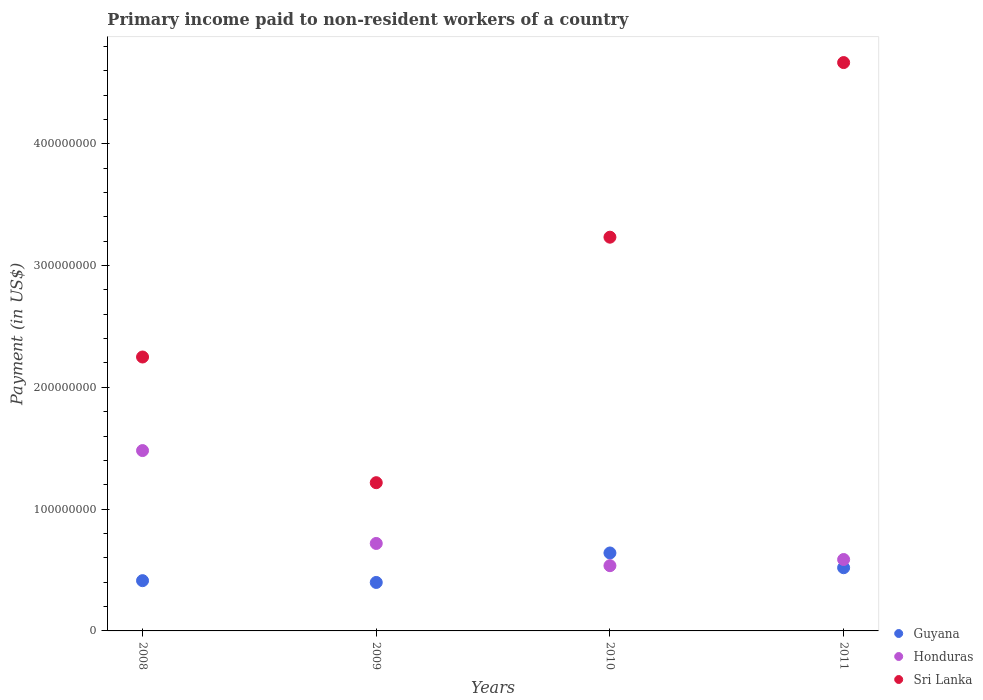
| Years | Guyana | Honduras | Sri Lanka |
 | --- | --- | --- | --- |
 | 2008 | 4.13e+07 | 1.48e+08 | 2.25e+08 |
 | 2009 | 3.98e+07 | 7.18e+07 | 1.22e+08 |
 | 2010 | 6.4e+07 | 5.36e+07 | 3.23e+08 |
 | 2011 | 5.19e+07 | 5.86e+07 | 4.67e+08 |